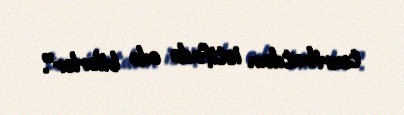
təxribatdan istifadə edə bilərlər”.